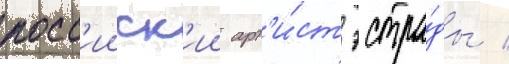
росс'ииск'ии арт'и́ст эстра́ды /